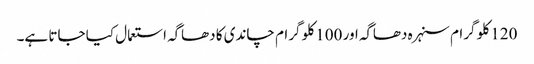
120 کلو گرام سنہرہ دھاگہ اور 100 کلو گرام چاندی کا دھاگہ استعمال کیا جاتا ہے۔